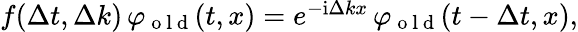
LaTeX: \begin{array}{r}{f(\Delta t,\Delta k)\, \varphi_{\mathrm{~o~l~d~}}(t,x)=e^{-\mathrm{i}\Delta kx}\, \varphi_{\mathrm{~o~l~d~}}(t-\Delta t,x),}\end{array}